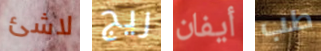
لاشئ ريج أيفان طب